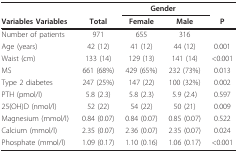
<table><thead><tr><td></td><td></td><td colspan="2"><b>Gender</b></td><td></td></tr><tr><td><b>Variables Variables</b></td><td><b>Total</b></td><td><b>Female</b></td><td><b>Male</b></td><td><b>P</b></td></tr></thead><tbody><tr><td>Number of patients</td><td>971</td><td>655</td><td>316</td><td></td></tr><tr><td>Age (years)</td><td>42 (12)</td><td>41 (12)</td><td>44 (12)</td><td>0.001</td></tr><tr><td>Waist (cm)</td><td>133 (14)</td><td>129 (13)</td><td>141 (14)</td><td>&lt;0.001</td></tr><tr><td>MS</td><td>661 (68%)</td><td>429 (65%)</td><td>232 (73%)</td><td>0.013</td></tr><tr><td>Type 2 diabetes</td><td>247 (25%)</td><td>147 (22)</td><td>100 (32%)</td><td>0.002</td></tr><tr><td>PTH (pmol/l)</td><td>5.8 (2.3)</td><td>5.8 (2.3)</td><td>5.9 (2.4)</td><td>0.597</td></tr><tr><td>25(OH)D (nmol/l)</td><td>52 (22)</td><td>54 (22)</td><td>50 (21)</td><td>0.009</td></tr><tr><td>Magnesium (mmol/l)</td><td>0.84 (0.07)</td><td>0.84 (0.07)</td><td>0.85 (0.07)</td><td>0.522</td></tr><tr><td>Calcium (mmol/l)</td><td>2.35 (0.07)</td><td>2.36 (0.07)</td><td>2.35 (0.07)</td><td>0.024</td></tr><tr><td>Phosphate (mmol/l)</td><td>1.09 (0.17)</td><td>1.10 (0.16)</td><td>1.06 (0.17)</td><td>&lt;0.001</td></tr></tbody></table>